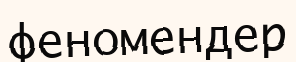
феномендер